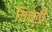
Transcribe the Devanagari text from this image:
चिचडी